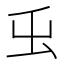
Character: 𭕿